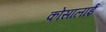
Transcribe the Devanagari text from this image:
कोसालाई